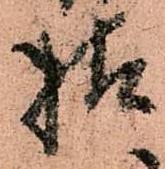
様